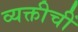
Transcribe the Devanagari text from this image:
व्यक्तीचीं